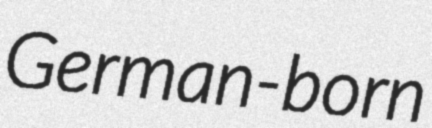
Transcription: German-born